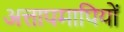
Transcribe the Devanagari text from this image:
अत्तापमापियों